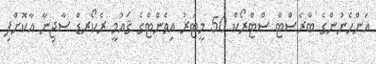
އަންހެނުންގެ ބްރެސްޓް ސްޓްރޯކް 50 މީޓަރު އިވެންޓްގެ ޤައުމީ ރެކޯރޑް ސާޖިނާ އާކޮށްފި